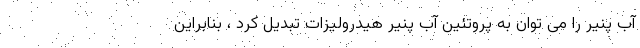
آب پنیر را می توان به پروتئین آب پنیر هیدرولیزات تبدیل کرد ، بنابراین